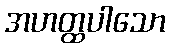
အဟတ္ထပါသော